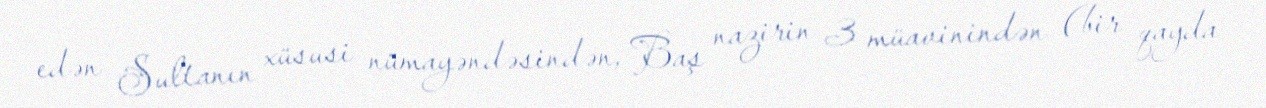
edən Sultanın xüsusi nümayəndəsindən, Baş nazirin 3 müavinindən (bir qayda